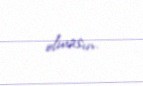
olmasın.